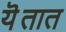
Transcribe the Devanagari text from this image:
यॆतात